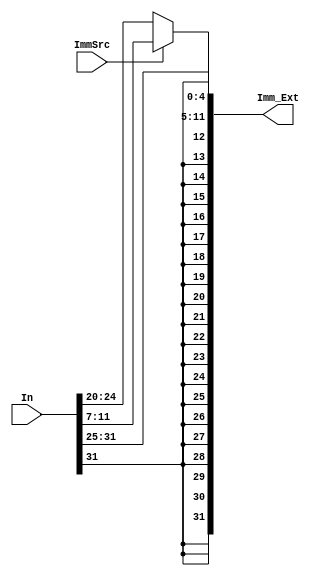


module Sign_Extend (In,Imm_Ext,ImmSrc);

    input [31:0]In;
    input ImmSrc;
    output [31:0]Imm_Ext;

    assign Imm_Ext = (ImmSrc == 1'b1) ? ({{20{In[31]}},In[31:25],In[11:7]}):
                                        {{20{In[31]}},In[31:20]};
                                
endmodule